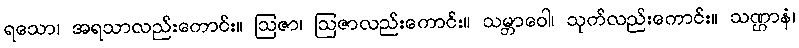
ရသော၊ အရသာလည်းကောင်း။ ဩဇာ၊ ဩဇာလည်းကောင်း။ သမ္ဘာဝေါ၊ သုက်လည်းကောင်း။ သဏ္ဌာနံ၊